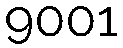
9001